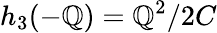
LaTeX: h_{3}(-\mathbb{Q})=\mathbb{Q}^{2}/2C